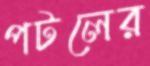
পটলের